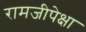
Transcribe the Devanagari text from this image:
रामजीपेक्षा